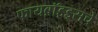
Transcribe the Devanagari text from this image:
फायब्रॉइड्सचे